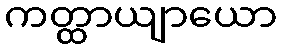
ကတ္ထာယျာယော